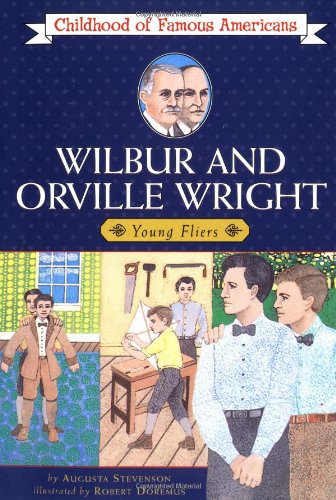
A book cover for Wilbur and Orville Wright: Young Fliers (Childhood of Famous Americans); Augusta Stevenson; Children's Books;